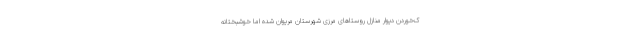
ک‌خوردن دیوار منازل روستاهای مرزی شهرستان مریوان شده اما خوشبختانه